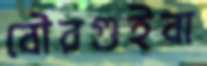
বৌরগুইবা